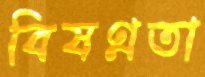
বিষণ্ণতা